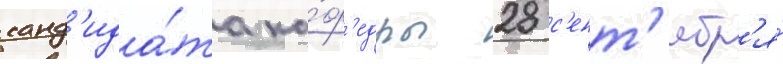
канд'ида́та ка́ф'едры 28 с'ент'ябр'я́